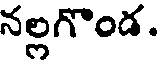
నల్లగొండ.